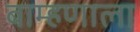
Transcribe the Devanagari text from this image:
बाम्हणाला